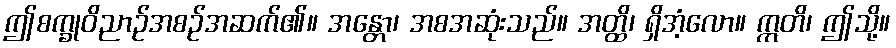
ဤစက္ခုဝိညာဉ်အစဉ်အဆက်၏။ အန္တော၊ အစအဆုံးသည်။ အတ္ထိ၊ ရှိအံ့လော။ ဣတိ၊ ဤသို့။